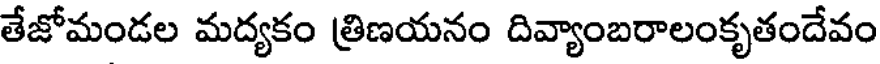
తేజోమండల మద్యకం త్రిణయనం దివ్యాంబరాలంకృతందేవం